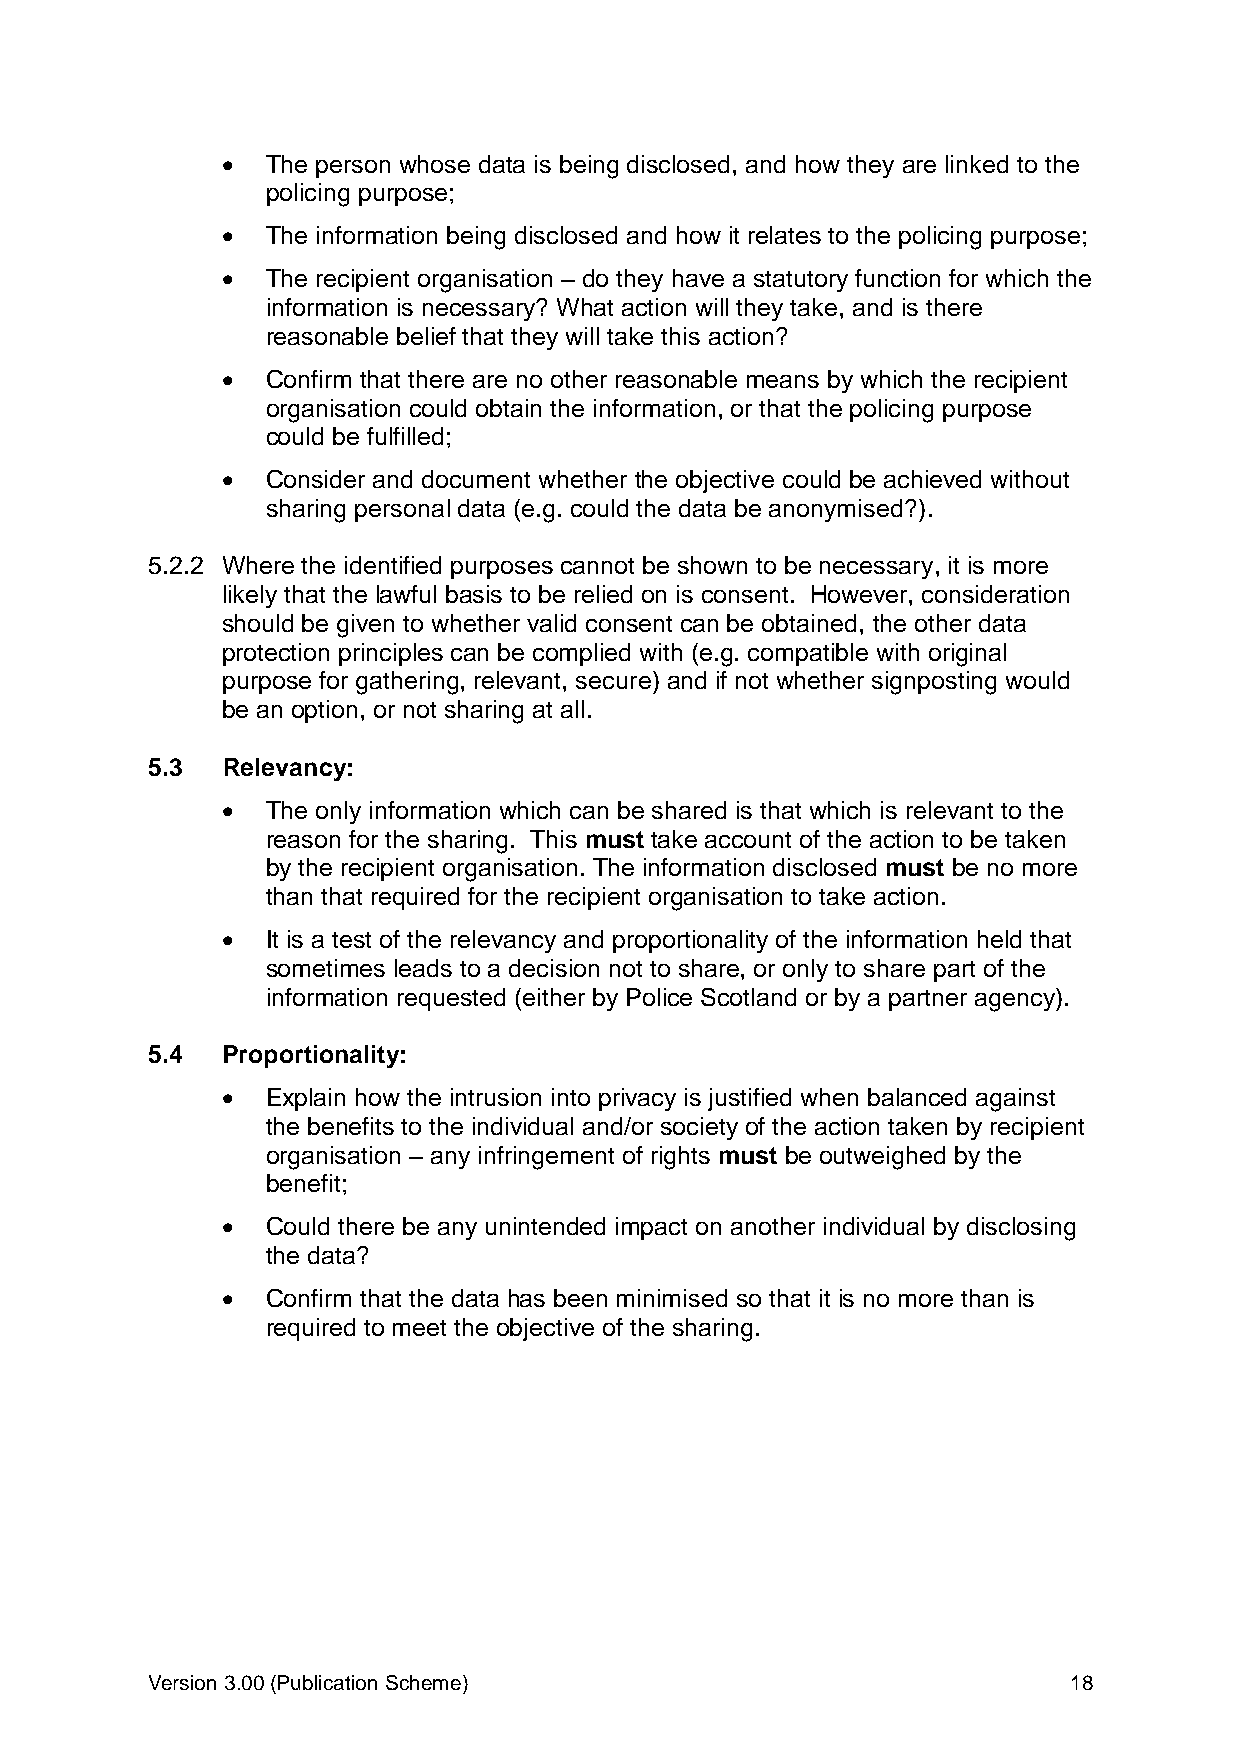
  The person whose data is being disclosed, and how they are linked to the
 policing purpose;
   The information being disclosed and how it relates to the policing purpose;
   The recipient organisation – do they have a statutory function for which the
 information is necessary? What action will they take, and is there
 reasonable belief that they will take this action?
   Confirm that there are no other reasonable means by which the recipient
 organisation could obtain the information, or that the policing purpose
 could be fulfilled;
   Consider and document whether the objective could be achieved without
 sharing personal data (e.g. could the data be anonymised?).
 5.2.2 Where the identified purposes cannot be shown to be necessary, it is more
 likely that the lawful basis to be relied on is consent. However, consideration
 should be given to whether valid consent can be obtained, the other data
 protection principles can be complied with (e.g. compatible with original
 purpose for gathering, relevant, secure) and if not whether signposting would
 be an option, or not sharing at all.
 5.3  Relevancy:
   The only information which can be shared is that which is relevant to the
 reason for the sharing. This must take account of the action to be taken
 by the recipient organisation. The information disclosed must be no more
 than that required for the recipient organisation to take action.
   It is a test of the relevancy and proportionality of the information held that
 sometimes leads to a decision not to share, or only to share part of the
 information requested (either by Police Scotland or by a partner agency).
 5.4  Proportionality:
   Explain how the intrusion into privacy is justified when balanced against
 the benefits to the individual and/or society of the action taken by recipient
 organisation – any infringement of rights must be outweighed by the
 benefit;
   Could there be any unintended impact on another individual by disclosing
 the data?
   Confirm that the data has been minimised so that it is no more than is
 required to meet the objective of the sharing.
 Version 3.00 (Publication Scheme)                            18